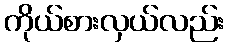
ကိုယ်စားလှယ်လည်း